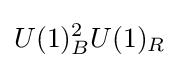
U(1)_{B}^{2}U(1)_{R}